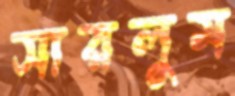
সারলুম